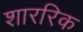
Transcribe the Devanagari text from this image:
शाररिक